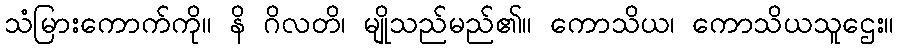
သံမြားကောက်ကို။ နိ ဂိလတိ၊ မျိုသည်မည်၏။ ကောသိယ၊ ကောသိယသူဌေး။